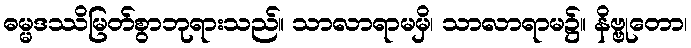
ဓမ္မဒဿိမြတ်စွာဘုရားသည်။ သာလာရာမမှိ၊ သာလာရာမ၌။ နိဗ္ဗုတော၊